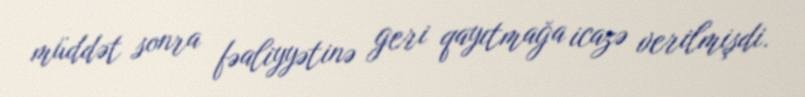
müddət sonra fəaliyyətinə geri qayıtmağa icazə verilmişdi.